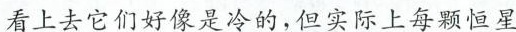
看上去它们好像是冷的，但实际上每颗恒星